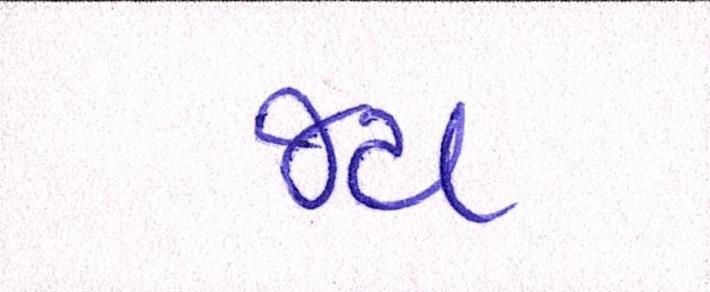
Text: જય